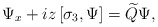
\begin{align*}\Psi_x+iz\left[\sigma_3,\Psi\right]=\widetilde{Q} \Psi,\end{align*}